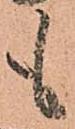
も